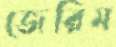
জেরিম